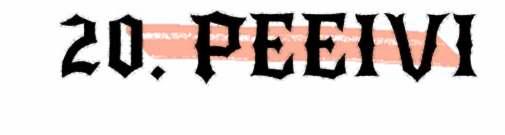
20. PEEIVI